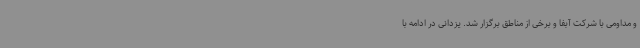
و مداومی با شرکت آبفا و برخی از مناطق برگزار شد. یزدانی در ادامه با